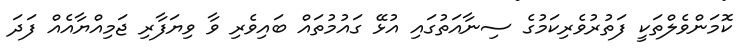
ކޮމަންވެލްތަކީ ފަތުރުވެރިކަމުގެ ސިނާއަތުގައި އުޅޭ ގައުމުތައް ބައިވެރި ވާ ވިޔަފާރި ޖަމިއްޔާއެއް ފަދަ